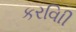
કરવાિી